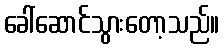
ခေါ်ဆောင်သွားတော့သည်။